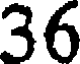
36